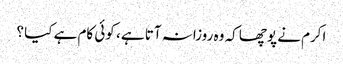
اکرم نے پوچھا کہ وہ روزانہ آتا ہے ، کوئی کام ہے کیا ؟